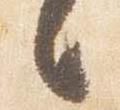
言